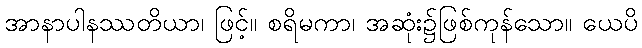
အာနာပါနဿတိယာ၊ ဖြင့်။ စရိမကာ၊ အဆုံး၌ဖြစ်ကုန်သော။ ယေပိ